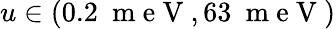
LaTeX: u\in(0.2~\mathrm{~m~e~V~},63~\mathrm{~m~e~V~})